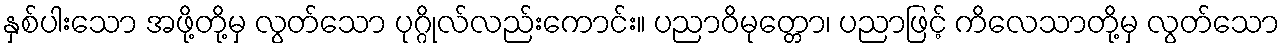
နှစ်ပါးသော အဖို့တို့မှ လွတ်သော ပုဂ္ဂိုလ်လည်းကောင်း။ ပညာဝိမုတ္တော၊ ပညာဖြင့် ကိလေသာတို့မှ လွတ်သော